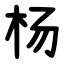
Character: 杨